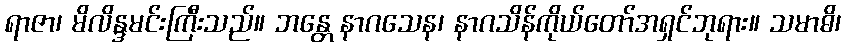
ရာဇာ၊ မိလိန္ဒမင်းကြီးသည်။ ဘန္တေ နာဂသေန၊ နာဂသိန်ကိုယ်တော်အရှင်ဘုရား။ သမာဓိ၊